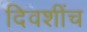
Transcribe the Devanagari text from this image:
दिवशींच